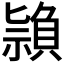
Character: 𥛤